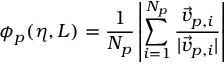
\phi _ { p } ( \eta , L ) = \frac { 1 } { N _ { p } } \left| \sum _ { i = 1 } ^ { N _ { p } } \frac { { \vec { v } } _ { p , i } } { | { \vec { v } } _ { p , i } | } \right|